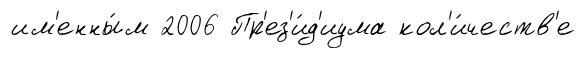
им'енны́м 2006 Пр'ез'и́д'иума кол'и́честв'е